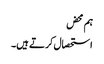
ہم محض
استحصال کرتے ہیں۔